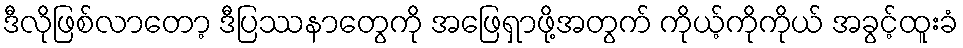
ဒီလိုဖြစ်လာတော့ ဒီပြဿနာတွေကို အဖြေရှာဖို့အတွက် ကိုယ့်ကိုကိုယ် အခွင့်ထူးခံ